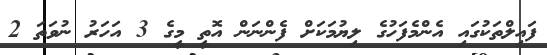
ފައިލްތަކުގައި އެންމެފަހުގެ ލިޔުމަކަށް ފެންނަން އޮތީ މީގެ 3 އަހަރު ނުވަތަ 2